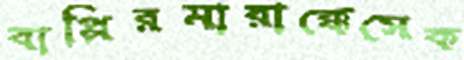
বাপ্পিরমারাক্কেসেক